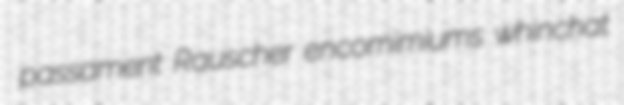
passament Rauscher encomimiums whinchat